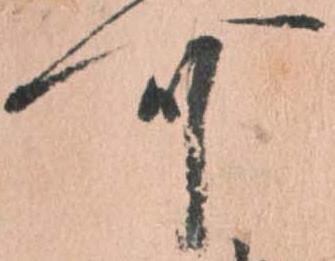
可